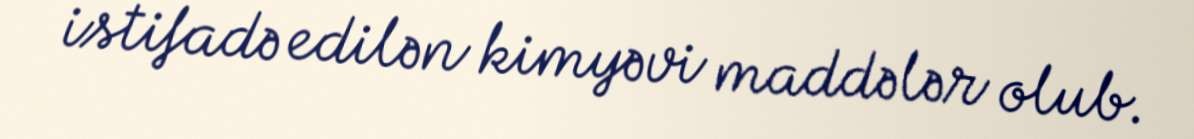
istifadə edilən kimyəvi maddələr olub.